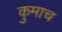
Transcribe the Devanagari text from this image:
कुमाच